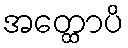
အတ္ထောပိ